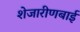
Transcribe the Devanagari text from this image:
शेजारीणबाई